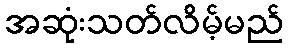
အဆုံးသတ်လိမ့်မည်